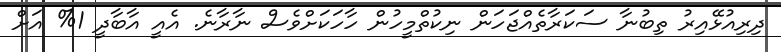
ދިރިއުޅޭއިރު ތިބުނާ ސަކަރާތެއްޖަހަން ނިކުތްމީހުން ހާހަކަށްވެސް ނާރާނެ. އެއީ އާބާދީ 1% އަށް